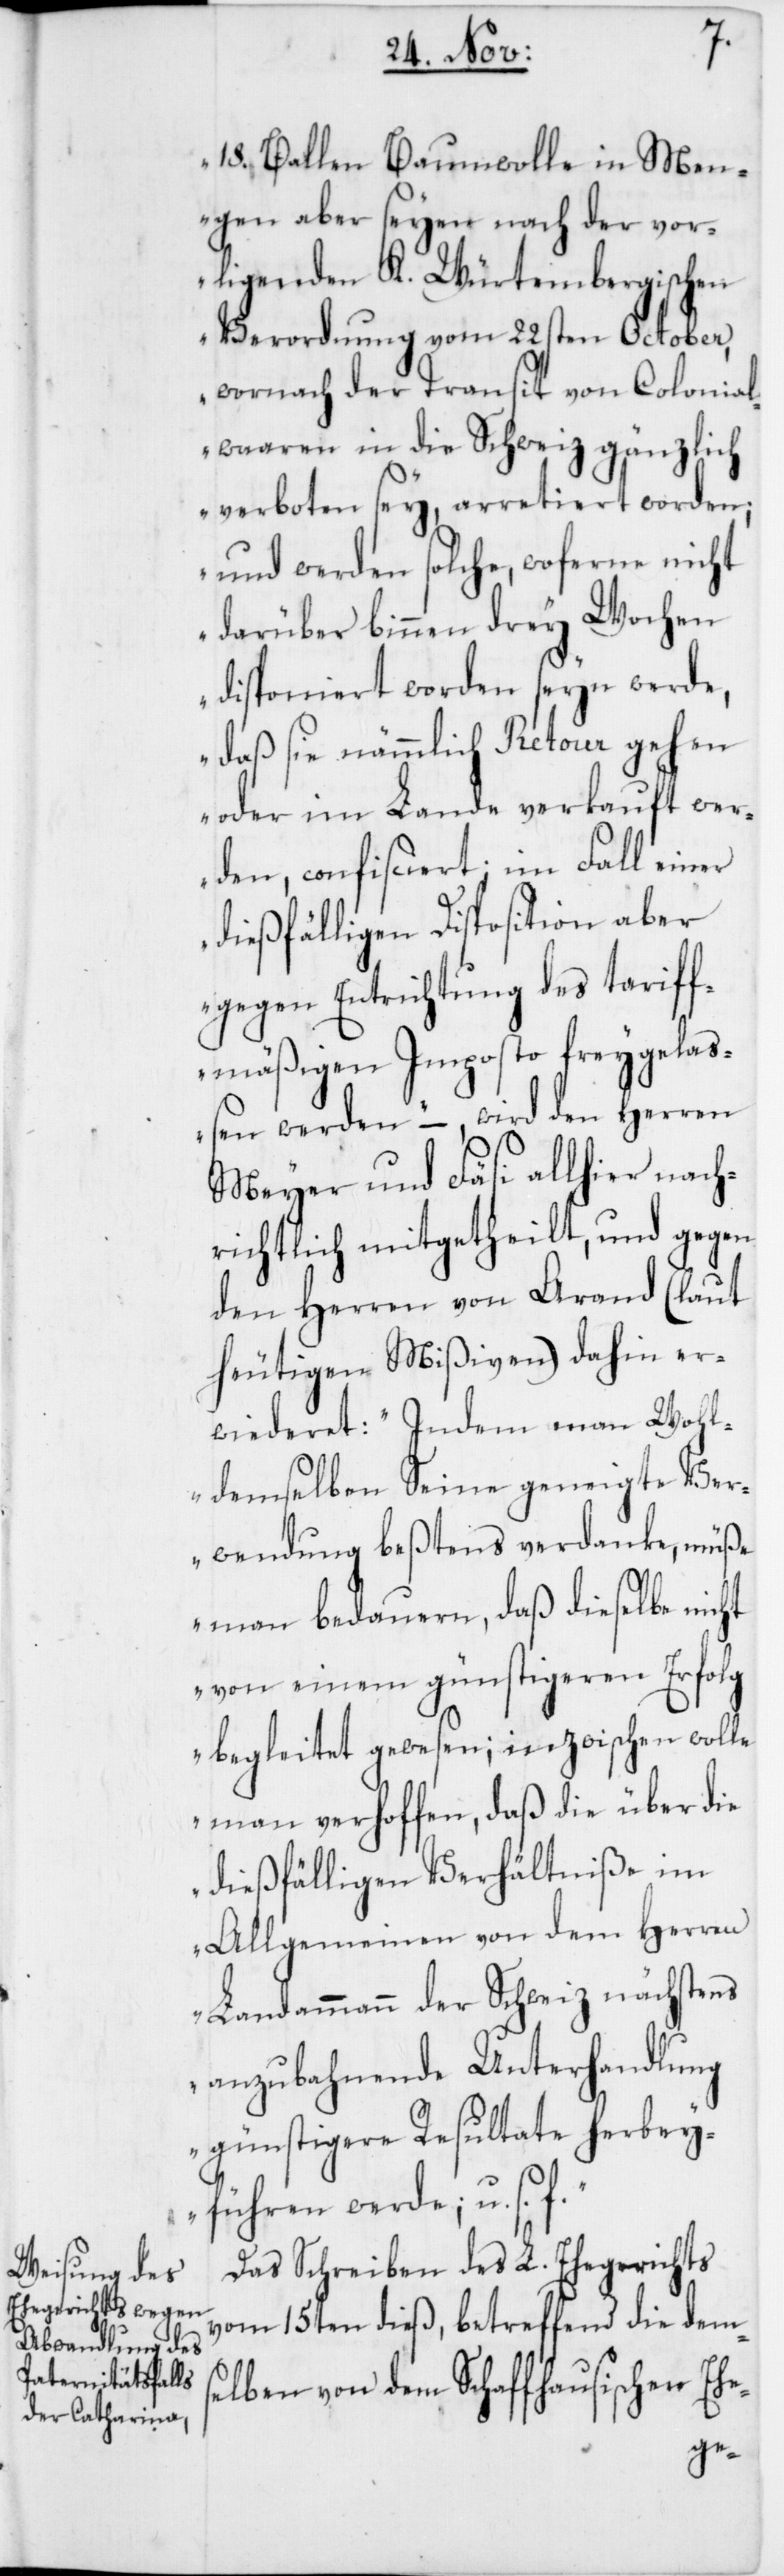
18. Ballen Baumwolle in Men¬
gen aber seyen nach der vor¬
ligenden K. Württembergischen
Verordnung vom 22sten October,
wornach der Transit von Colonial¬
waaren in die Schweiz gänzlich
verboten sey, arretiert worden;
und werden solche, woferne nicht
darüber binnen drey Wochen
disponiert worden seyn werde,
daß sie nämmlich Retour gehen
oder im Lande verkauft wer¬
den, confisciert; im Fall einer
dießfälligen Disposition aber
gegen Entrichtung des tariff¬
mäßigen Imposto freygelaß¬
en werden“, – wird den Herren
Meyer & Fäsi allhier nach¬
richtlich mitgetheilt, und gegen
den Herren von Arand (laut
heutigen Mißiven) dahin er¬
wiederet: „Indem man Wohl¬
demselben Seine geneigte Ve¬
rwendung bestens verdanke, müße
man bedauern, daß dieselbe
von einem günstigeren Erfolg
begleitet gewesen; inzwischen wolle
man verhoffen, daß die über die
dießfälligen Verhältniße im
Allgemeinen von dem Herren
Landammann der Schweiz nächst¬
anzubahnende Unterhandlung
günstigere Resultate herbey¬
führen werde; u. s.
Das Schreiben des L. Ehegerichts
vom 15ten dieß, betreffend die dems¬
elben von dem Schaffhausischen Ehe-
ens